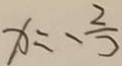
x = - \frac { 2 } { 3 }